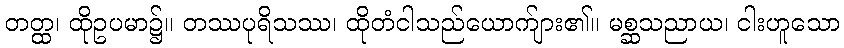
တတ္ထ၊ ထိုဥပမာ၌။ တဿပုရိသဿ၊ ထိုတံငါသည်ယောက်ျား၏။ မစ္ဆသညာယ၊ ငါးဟူသော